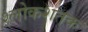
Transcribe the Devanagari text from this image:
श्लोकशतक